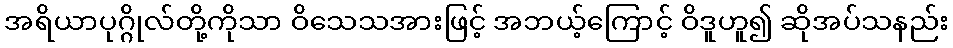
အရိယာပုဂ္ဂိုလ်တို့ကိုသာ ဝိသေသအားဖြင့် အဘယ့်ကြောင့် ဝိဒူဟူ၍ ဆိုအပ်သနည်း